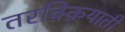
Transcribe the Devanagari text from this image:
तरक़्क़ियाती